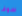
سوف